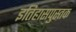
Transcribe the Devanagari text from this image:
इतिहासपुस्तक